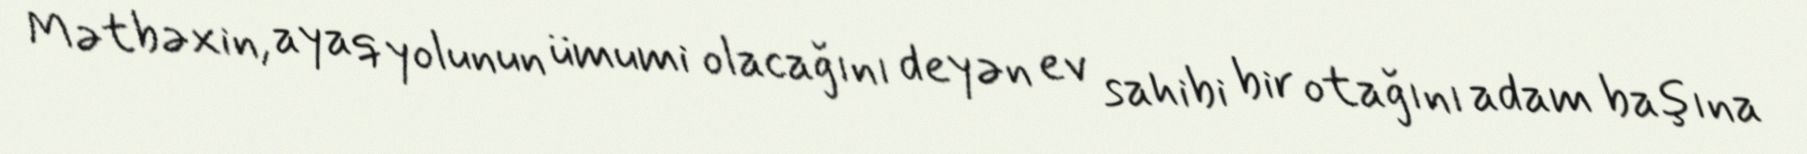
Mətbəxin, ayaq yolunun ümumi olacağını deyən ev sahibi bir otağını adam başına